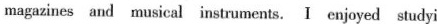
magazines and musical instruments.I enjoyed studyi